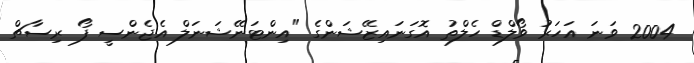
2004 ވަނަ އަހަރު ވޯލްޑް ހެލްތު އޮގަނައިޒޭޝަންގެ "އިންޓަނޭޝަނަލް އެޖެންސީ ފޯ ރިސާޗް